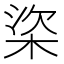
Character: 𣒿